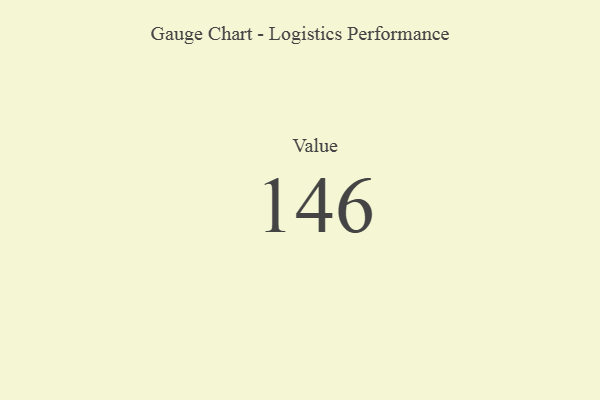
{"axis": {"x": "Metric", "y": "Value"}, "legend": [""], "data": [{"x": "Value", "y": 146, "type": ""}]}